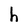
Character: h